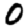
Digit: 0